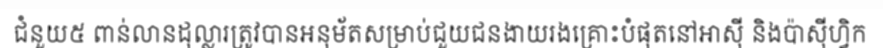
ជំនួយ៥ ពាន់លានដុល្លារត្រូវបានអនុម័តសម្រាប់ជួយជនងាយរងគ្រោះបំផុតនៅអាស៊ី និងប៉ាស៊ីហ្វិក